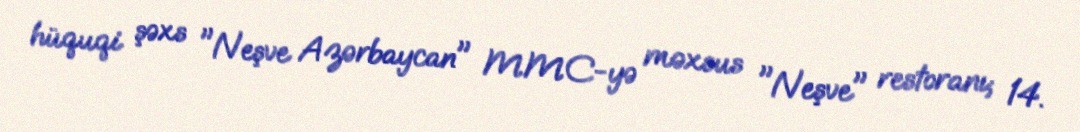
hüquqi şəxs "Neşve Azərbaycan" MMC-yə məxsus "Neşve" restoranı; 14.